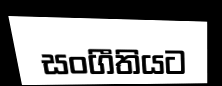
සංගීතියට